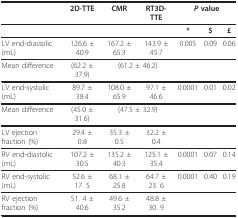
<table><thead><tr><td></td><td><b>2D-TTE</b></td><td><b>CMR</b></td><td><b>RT3D-TTE</b></td><td colspan="3"><b><i>P </i>value</b></td></tr></thead><tbody><tr><td></td><td></td><td></td><td></td><td><b>*</b></td><td><b>$</b></td><td><b>£</b></td></tr><tr><td>LV end-diastolic (mL)</td><td>126.6 ± 40.9</td><td>167.2 ± 65.3</td><td>143.9 ± 45.7</td><td>0.005</td><td>0.09</td><td>0.06</td></tr><tr><td>Mean difference</td><td>(62.2 ± 37.9)</td><td colspan="2">(61.2 ± 46.2)</td><td></td><td></td><td></td></tr><tr><td>LV end-systolic (mL)</td><td>89.7 ± 38.4</td><td>108.0 ± 65.9</td><td>97.1 ± 46.6</td><td>0.0001</td><td>0.01</td><td>0.02</td></tr><tr><td>Mean difference</td><td>(45.0 ± 31.6)</td><td colspan="2">(47.5 ± 32.9)</td><td></td><td></td><td></td></tr><tr><td>LV ejection fraction (%)</td><td>29.4 ± 0.8</td><td>35.3 ± 0.5</td><td>32.2 ± 0.4</td><td></td><td></td><td></td></tr><tr><td>RV end-diastolic (mL)</td><td>107.2 ± 30.5</td><td>135.2 ± 40.3</td><td>125.1 ± 35.4</td><td>0.0001</td><td>0.07</td><td>0.14</td></tr><tr><td>RV end-systolic (mL)</td><td>52.6 ± 17. 5</td><td>68.1 ± 25.8</td><td>64.7 ± 23. 6</td><td>0.0001</td><td>0.40</td><td>0.19</td></tr><tr><td>RV ejection fraction (%)</td><td>51. 4 ± 40.6</td><td>49.6 ± 35.2</td><td>48.8 ± 30. 9</td><td></td><td></td><td></td></tr></tbody></table>